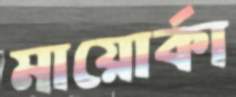
মায়োর্কা